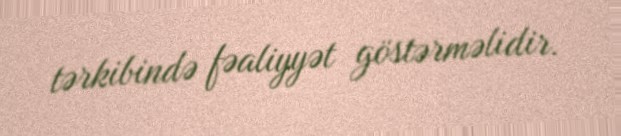
tərkibində fəaliyyət göstərməlidir.